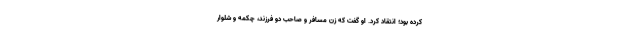
کرده بود؛ انتقاد کرد. او گفت که زن مسافر و صاحب دو فرزند، چکمه و شلوار